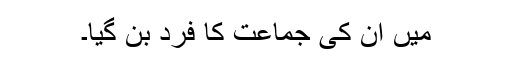
میں اُن کی جماعت کا فرد بن گیا۔